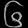
Digit: ၆